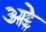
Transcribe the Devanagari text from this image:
अद्दे